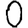
Digit: 0